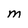
Character: M